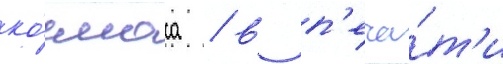
ко́смоса / в п'еча́т'и